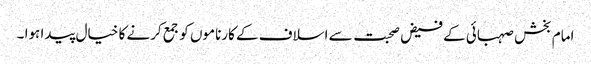
امام بخش صہبائی کے فیض صحبت سے اسلاف کے کارناموں کو جمع کرنے کا خیال پیدا ہوا ۔